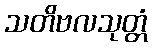
သတိဗလသုတ္တံ